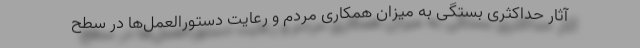
آثار حداکثری بستگی به میزان همکاری مردم و رعایت دستورالعمل‌ها در سطح